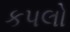
કપલો